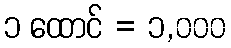
၁ ထောင် = ၁,၀၀၀